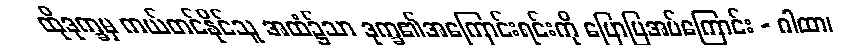
ထိုဒုက္ခမှ ကယ်တင်နိုင်သူ အထံ၌သာ ဒုက္ခ၏အကြောင်းရင်းကို ပြောပြအပ်ကြောင်း - ဂါထာ၊